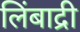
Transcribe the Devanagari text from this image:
लिंबाद्री